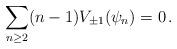
LaTeX: \begin{align*}\sum_{n\geq 2}(n-1)V_{\pm 1}(\psi_n)=0\,.\end{align*}